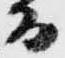
而